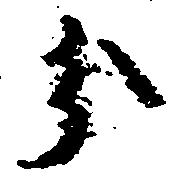
分